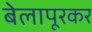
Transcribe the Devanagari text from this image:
बेलापूरकर